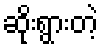
ဆိုးရွားတဲ့